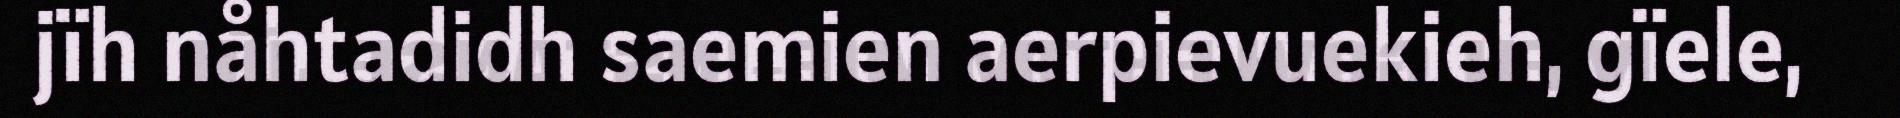
jïh nåhtadidh saemien aerpievuekieh, gïele,